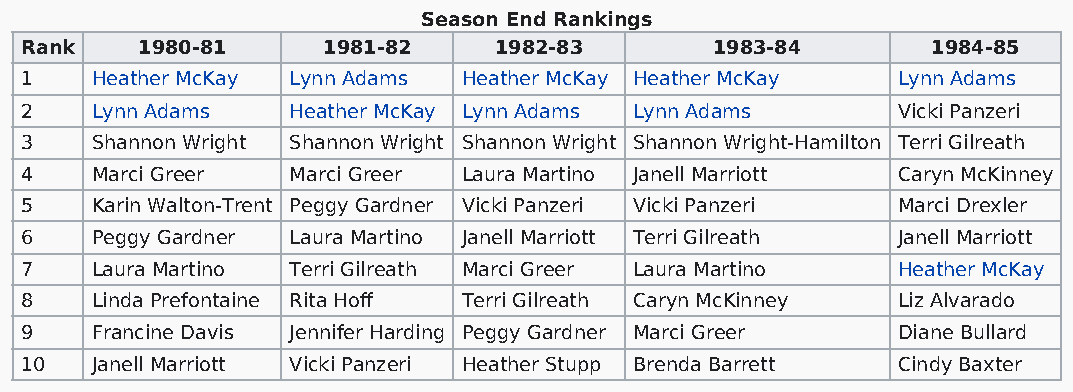
Season End Rankings
 Rank    1980-81     1981-82     1982-83       1983-84        1984-85
 1    Heather McKay Lynn Adams Heather McKay Heather McKay Lynn Adams
 2    Lynn Adams   Heather McKay Lynn Adams Lynn Adams     Vicki Panzeri
 3    Shannon Wright Shannon Wright Shannon Wright Shannon Wright-Hamilton Terri Gilreath
 4    Marci Greer  Marci Greer Laura Martino Janell Marriott Caryn McKinney
 5    Karin Walton-Trent Peggy Gardner Vicki Panzeri Vicki Panzeri Marci Drexler
 6    Peggy Gardner Laura Martino Janell Marriott Terri Gilreath Janell Marriott
 7    Laura Martino Terri Gilreath Marci Greer Laura Martino Heather McKay
 8    Linda Prefontaine Rita Hoff Terri Gilreath Caryn McKinney Liz Alvarado
 9    Francine Davis Jennifer Harding Peggy Gardner Marci Greer Diane Bullard
 10   Janell Marriott Vicki Panzeri Heather Stupp Brenda Barrett Cindy Baxter